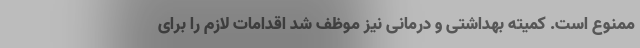
ممنوع است. کمیته بهداشتی و درمانی نیز موظف شد اقدامات لازم را برای